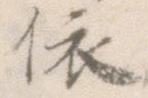
依